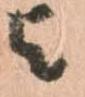
与